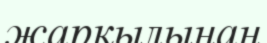
жарқылынан